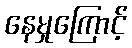
နေမှုကြောင့်